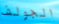
الجولف